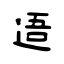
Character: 逜